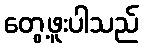
တွေ့ဖူးပါသည်